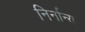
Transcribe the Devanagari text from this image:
निर्नान्य